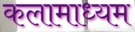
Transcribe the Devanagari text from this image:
कलामाध्यम